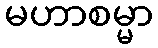
မဟာစမ္မာ